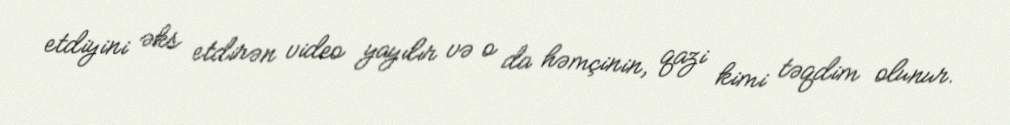
etdiyini əks etdirən video yayılır və o da həmçinin, qazi kimi təqdim olunur.